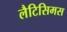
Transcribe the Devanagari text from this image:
लैटिसिमस